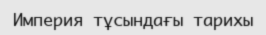
Империя тұсындағы тарихы